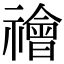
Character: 禬